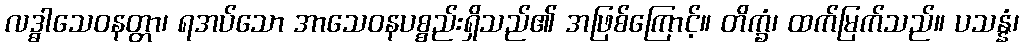
လဒ္ဓါသေဝနတ္တာ၊ ရအပ်သော အာသေဝနပစ္စည်းရှိသည်၏ အဖြစ်ကြောင့်။ တိက္ခံ၊ ထက်မြက်သည်။ ပသန္နံ၊